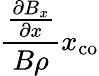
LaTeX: \frac{\frac{\partial B_{x}}{\partial x}}{B\rho}x_{\mathrm{co}}